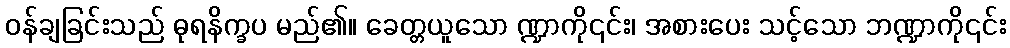
ဝန်ချခြင်းသည် ဓုရနိက္ခပ မည်၏။ ခေတ္တယူသော ဏ္ဍာကို၎င်း၊ အစားပေး သင့်သော ဘဏ္ဍာကို၎င်း